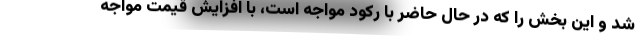
شد و این بخش را که در حال حاضر با رکود مواجه است، با افزایش قیمت مواجه